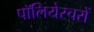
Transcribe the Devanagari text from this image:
पॉलियेस्चरों